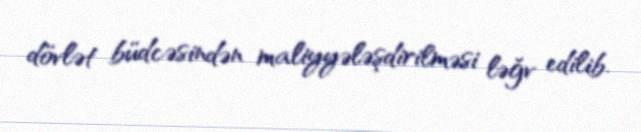
dövlət büdcəsindən maliyyələşdirilməsi ləğv edilib.